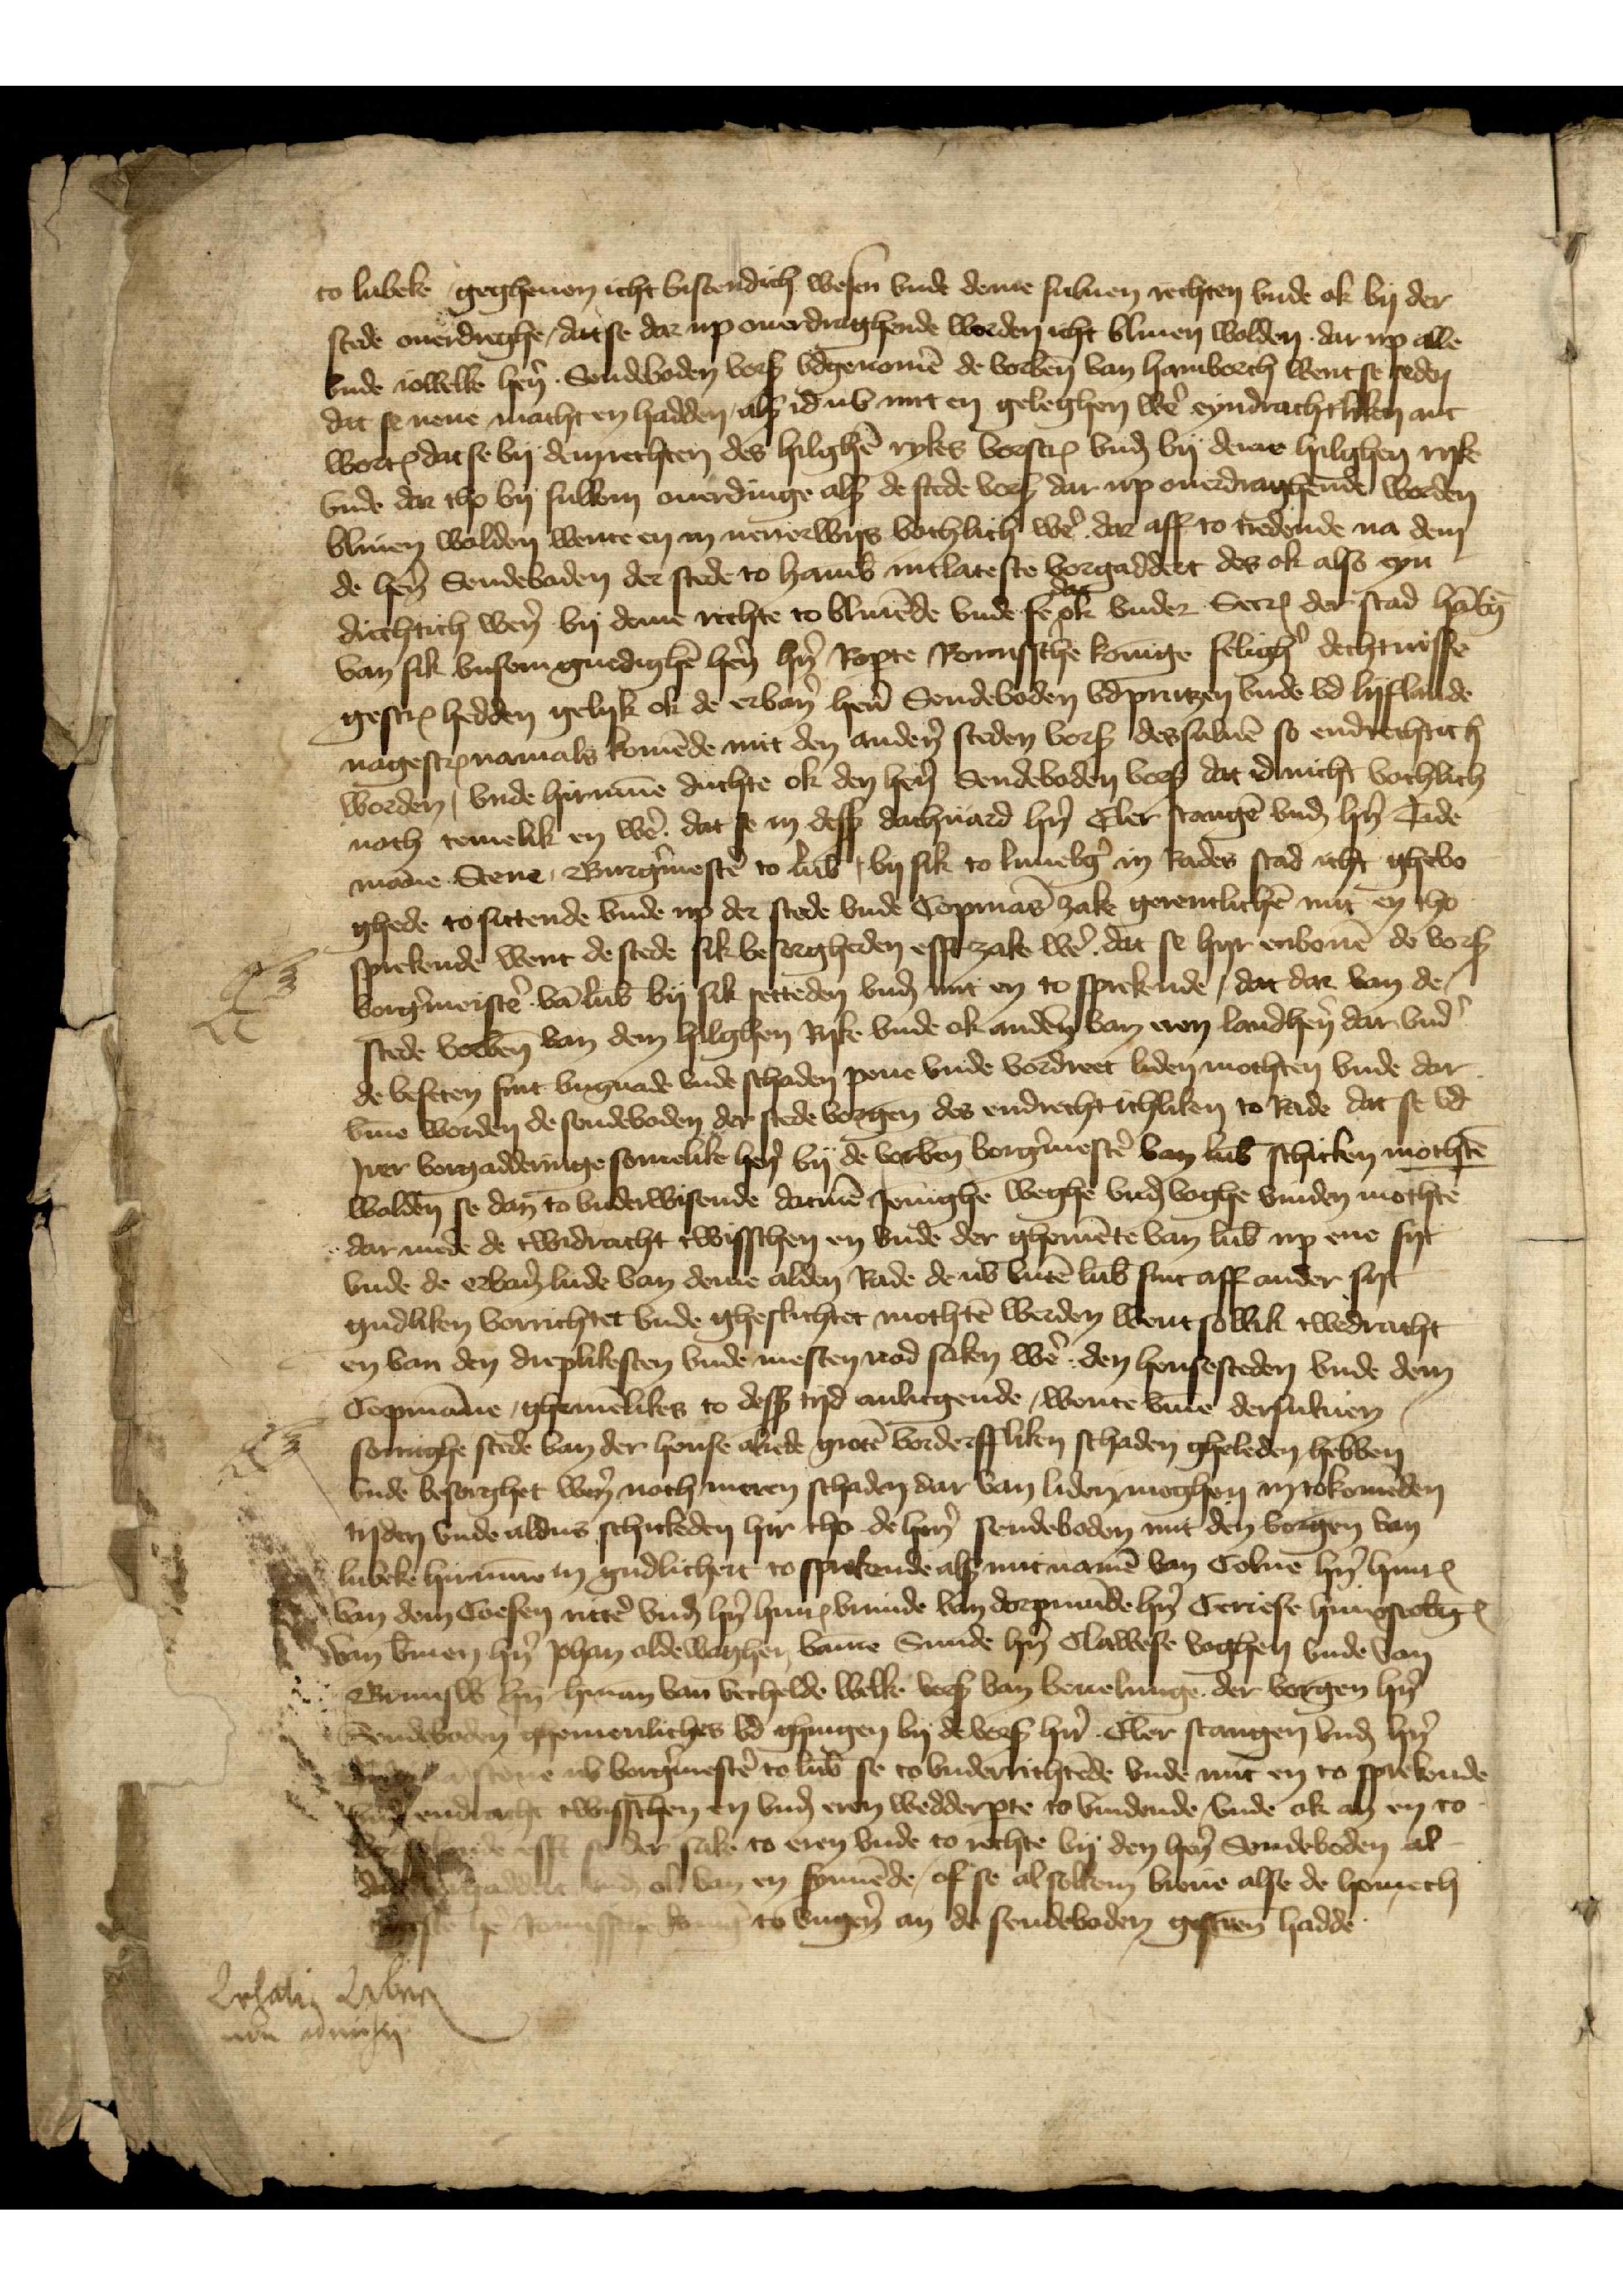
to Lubeke gegheuen icht bestendich wesen vnde deme suluen rechten lude ok by der
stede ouerdreghe, dat se dar up ouerdraghende worden icht bliuen wolden darup alle
lude iowelke hẻn. Sendeboden vorß vdgenomē de vorben̄ van Hamborch went se seden
dat se nene macht en hadden alß id nv mit en geleghen wẻ eyndrachtliken ant¬
wortꝬ dat se by demrechten des hilghē rykes vorscrꝬ vnḑ by deme hilghen ryke
vnde dar tho by sulben ouerdinge alß de stede vorß dar up ouerdraghende worden
bliuen wolden wente en in nenerwys vochlich wẻ dar aff to tredende na dem
de hẻn Sendeboden der stede to hamb̄ mitlateste vorgaddert des ok also eyn
diechtich wẻn by deme nichte to bliuēde vnde se dat ok vnder SecrꝬ der stad Hābg̉
van sik vnsem gnedighē hẻn hn̉ Roꝑte Romisschē konīge seligh̉ dechtnisse
gescrꝬ hedden gelyk ok de erban̉ hẻn Sendeboden vd Prutzen vnde vd Lyflande
nagescrꝬ namals komēde mit den andẻn steden vorß dessuluē so endrechtich
worden, vnde hirum̄e duchte ok den hẻn Sendeboden vorß dat id nicht vochlich
noch temelik en wẻ, dat se in desß dachuard hn̉ Eler Stangē vnde hn̉ Tide¬
māne Stene, Burg̉mestẻ to Lub̄, by sik to Lunebg̉ in Rades stad icht ghevo¬
ghede to sittende vnde up der stede vnde Copmās zake getemlichē mit en tho
sprekende went de stede sik besorgheden efft zake wẻ dat se hyrenbouē de vorß
borg̉meistẻ vā Lub̄ by sik setteden vnḑ mit en to sprekende, dat dar van de
stede vorben̄ van dem hilghen ryke vude ok andẻn van eren landhẻn dar vnd̉
de beseten sint vngnade vnde schaden pene vnde vordreet liden mochten vnde dar
vm̄e worden de sendeboden der stede vorgen̄ des endrechtichliken to Rade dat se vd
Irer vorgadderinge somelike hẻn by de vorben̄ borg̉mestẻ van Lub̄ schicken mochtē
wolden se dan to vnderwisende datmē Jennighe weghe vnḑ voghe vinden mochte
dar mede de twidracht twisschen en vnde der ghemēte van Lub̄ up ene syt
vnde de erbản lude van deme alden Rade de nv butē Lub̄ sint aff ander syt
gudliken vorrichtet vnde gheslichtet mochtē werden went sollik twedracht
en van den dreplikesten vnde mesten nod saken wẻ den hensesteden vnde dem
copmāne ghemēlikes to desß tyd anligende, wente vm̄e dersuluen
somighe stede van der hense alrede grotē vorderffliken schaden gheleden hebben
vnde besorghet wẻn noch meren schaden dar van liden moghen in tokomēden
tyden vnde aldus schickeden hir tho de hẻn sendeboden mit den vorgen̄ van
Lubeke hirum̄e in gudlichen to sprekende als mit namē van Colne hn̉ HinrꝬ
van dem Coesen rittẻ vnd hn̉ HinrꝬ vrunde van Dorpmūde hn̉ Ceriese Hinxsteb̉gꝬ
van B̉men hn̉ Johan Oldewaghen vam̄e Sunde hn̉ Clawese Voghen vnde van
Brunsw̉ hn̉ Herman van Vechelde welke vorß van beuelunge der vorgen̄ hn̉
Sendeboden ghemenliches vd ghingen by de vorß hn̉ Eler Stangen vnḑ hn̉
Tideman Stene nv borg̉mestẻ to Lub̄ se to vnderrichtēde vnde mit en to sprekende
vme endracht twisschen en vnḑ eren wedderꝑte to vundende, vnde ok an en to
vorsokende efft se der sake to eren vnde to rechte by den hẻn Sendeboden al¬
dar vorgaddert vnḑ ok van en synnēde, of se alsolkem breue alse de homech¬
tigeste hẻ Romessche konīg to vngẻn an de sendeboden gescrēn hadde
Lehation Liben
vun admihen